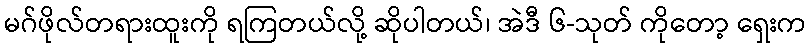
မဂ်ဖိုလ်တရားထူးကို ရကြတယ်လို့ ဆိုပါတယ်၊ အဲဒီ ၆-သုတ် ကိုတော့ ရှေးက